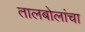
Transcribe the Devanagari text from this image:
तालबोलांचा